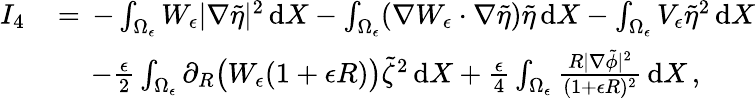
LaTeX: \begin{array}{rl}{I_{4}\, }&{=\, -\int_{\Omega_{\epsilon}}W_{\epsilon}|\nabla\tilde{\eta}|^{2}\, \mathrm{d}X-\int_{\Omega_{\epsilon}}(\nabla W_{\epsilon}\cdot\nabla\tilde{\eta})\tilde{\eta}\, \mathrm{d}X-\int_{\Omega_{\epsilon}}V_{\epsilon}\tilde{\eta}^{2}\, \mathrm{d}X}\\ &{\quad\, -\frac{\epsilon}{2}\int_{\Omega_{\epsilon}}\partial_{R}\bigl(W_{\epsilon}(1+\epsilon R)\bigr)\tilde{\zeta}^{2}\, \mathrm{d}X+\frac{\epsilon}{4}\int_{\Omega_{\epsilon}}\frac{R|\nabla\tilde{\phi}|^{2}}{(1+\epsilon R)^{2}}\, \mathrm{d}X\, ,}\end{array}